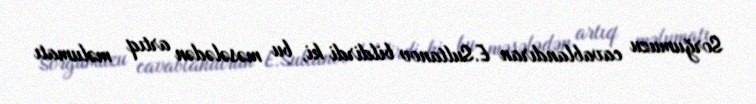
Sorğumuzu cavablandıran E.Sultanov bildirdi ki, bu məsələdən artıq məlumatı